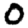
Digit: 0